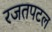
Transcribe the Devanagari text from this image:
रजतपटल